Document type: Sale
Year: 1451
Scribe: [Unknown]
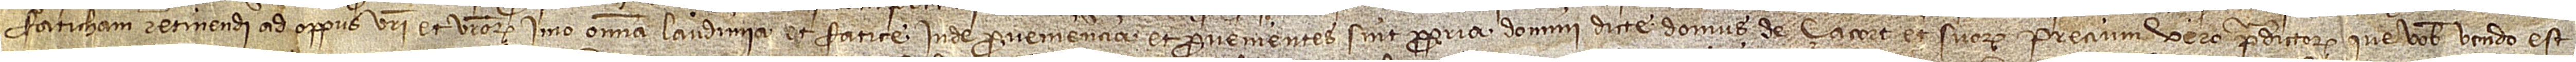
faticham retinendi ad oppus vestri et vestrorum. Imo omnia laudimia et fatice inde proveniencia et provenientes sint propria domini dicte domus de Çacort et suorum. Precium vero predictorum que vobis vendo est